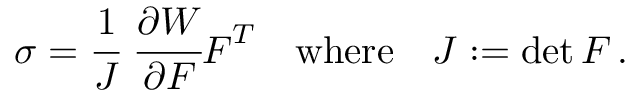
{ \boldsymbol { \sigma } } = { \cfrac { 1 } { J } } ~ { \cfrac { \partial W } { \partial { \boldsymbol { F } } } } { \boldsymbol { F } } ^ { T } \quad { \mathrm { w h e r e } } \quad J : = \operatorname* { d e t } { \boldsymbol { F } } \, .